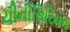
ચીનીસિરિયન